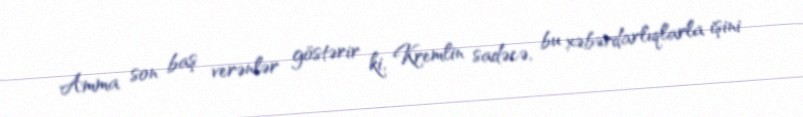
Amma son baş verənlər göstərir ki, Kremlin sadəcə, bu xəbərdarlıqlarla işini